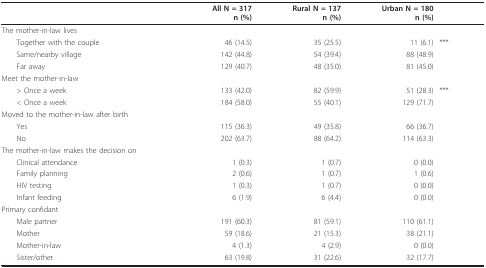
<table><thead><tr><td></td><td><b>All N = 317n (%)</b></td><td><b>Rural N = 137n (%)</b></td><td><b>Urban N = 180n (%)</b></td><td></td></tr></thead><tbody><tr><td>The mother-in-law lives</td><td></td><td></td><td></td><td></td></tr><tr><td> Together with the couple</td><td>46 (14.5)</td><td>35 (25.5)</td><td>11 (6.1)</td><td>***</td></tr><tr><td> Same/nearby village</td><td>142 (44.8)</td><td>54 (39.4)</td><td>88 (48.9)</td><td></td></tr><tr><td> Far away</td><td>129 (40.7)</td><td>48 (35.0)</td><td>81 (45.0)</td><td></td></tr><tr><td>Meet the mother-in-law</td><td></td><td></td><td></td><td></td></tr><tr><td> &gt; Once a week</td><td>133 (42.0)</td><td>82 (59.9)</td><td>51 (28.3)</td><td>***</td></tr><tr><td> &lt; Once a week</td><td>184 (58.0)</td><td>55 (40.1)</td><td>129 (71.7)</td><td></td></tr><tr><td>Moved to the mother-in-law after birth</td><td></td><td></td><td></td><td></td></tr><tr><td> Yes</td><td>115 (36.3)</td><td>49 (35.8)</td><td>66 (36.7)</td><td></td></tr><tr><td> No</td><td>202 (63.7)</td><td>88 (64.2)</td><td>114 (63.3)</td><td></td></tr><tr><td>The mother-in-law makes the decision on</td><td></td><td></td><td></td><td></td></tr><tr><td> Clinical attendance</td><td>1 (0.3)</td><td>1 (0.7)</td><td>0 (0.0)</td><td></td></tr><tr><td> Family planning</td><td>2 (0.6)</td><td>1 (0.7)</td><td>1 (0.6)</td><td></td></tr><tr><td> HIV testing</td><td>1 (0.3)</td><td>1 (0.7)</td><td>0 (0.0)</td><td></td></tr><tr><td> Infant feeding</td><td>6 (1.9)</td><td>6 (4.4)</td><td>0 (0.0)</td><td></td></tr><tr><td>Primary confidant</td><td></td><td></td><td></td><td></td></tr><tr><td> Male partner</td><td>191 (60.3)</td><td>81 (59.1)</td><td>110 (61.1)</td><td></td></tr><tr><td> Mother</td><td>59 (18.6)</td><td>21 (15.3)</td><td>38 (21.1)</td><td></td></tr><tr><td> Mother-in-law</td><td>4 (1.3)</td><td>4 (2.9)</td><td>0 (0.0)</td><td></td></tr><tr><td> Sister/other</td><td>63 (19.8)</td><td>31 (22.6)</td><td>32 (17.7)</td><td></td></tr></tbody></table>